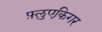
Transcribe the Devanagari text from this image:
फ़्लुएकिगर